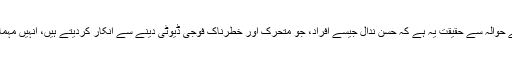
ہیومن ریسورسز منیجمنٹ کے حوالہ سے حقیقت یہ ہے کہ حسن ندال جیسے افراد، جو متحرک اور خطرناک فوجی ڈیوٹی دینے سے انکار کردیتے ہیں، انہیں مہمات پر روانہ کرنا درست نہیں۔